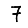
Digit: 7